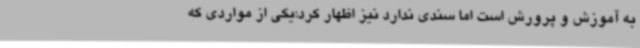
به آموزش و پرورش است اما سندی ندارد نیز اظهار کرد:یکی از مواردی که